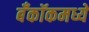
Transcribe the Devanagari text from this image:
बँकॉकमध्ये